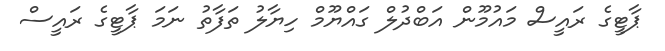
ޕާޓީގެ ރައީސް މައުމޫން އަބްދުލް ގައްޔޫމް ހިޔާލު ތަފާތު ނަމަ ޕާޓީގެ ރައީސް